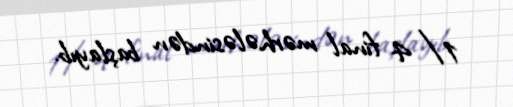
1/4 final mərhələsindən başlayıb.